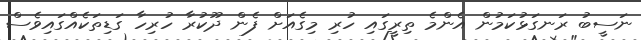
ނަސީބު ރަނގަޅުކަމުން އެންމެ ތިރީގައި ހުރި މިގެއަށް ފެން ދޫކުރާ ހުރިހާ ގަޑިތަކެއްގައިވެސް